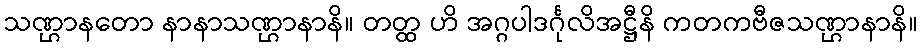
သဏ္ဌာနတော နာနာသဏ္ဌာနာနိ။ တတ္ထ ဟိ အဂ္ဂပါဒင်္ဂုလိအဋ္ဌီနိ ကတကဗီဇသဏ္ဌာနာနိ။